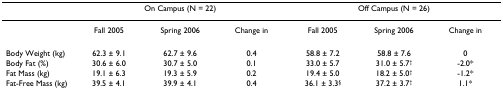
<table><thead><tr><td></td><td colspan="3"><b>On Campus (N = 22)</b></td><td colspan="3"><b>Off Campus (N = 26)</b></td></tr></thead><tbody><tr><td></td><td>Fall 2005</td><td>Spring 2006</td><td>Change in</td><td>Fall 2005</td><td>Spring 2006</td><td>Change in</td></tr><tr><td>Body Weight (kg)</td><td>62.3 ± 9.1</td><td>62.7 ± 9.6</td><td>0.4</td><td>58.8 ± 7.2</td><td>58.8 ± 7.6</td><td>0</td></tr><tr><td>Body Fat (%)</td><td>30.6 ± 6.0</td><td>30.7 ± 5.0</td><td>0.1</td><td>33.0 ± 5.7</td><td>31.0 ± 5.7<sup>†</sup></td><td>-2.0*</td></tr><tr><td>Fat Mass (kg)</td><td>19.1 ± 6.3</td><td>19.3 ± 5.9</td><td>0.2</td><td>19.4 ± 5.0</td><td>18.2 ± 5.0<sup>†</sup></td><td>-1.2*</td></tr><tr><td>Fat-Free Mass (kg)</td><td>39.5 ± 4.1</td><td>39.9 ± 4.1</td><td>0.4</td><td>36.1 ± 3.3<sup>§</sup></td><td>37.2 ± 3.7<sup>†</sup></td><td>1.1*</td></tr></tbody></table>